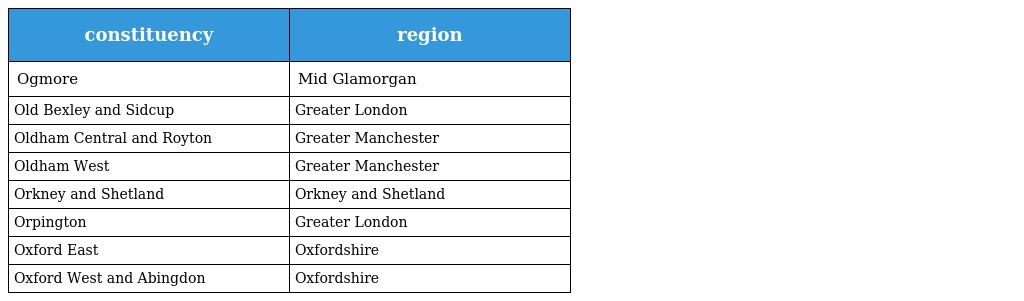
| constituency | region |
 | --- | --- |
 | Ogmore | Mid Glamorgan |
 | Old Bexley and Sidcup | Greater London |
 | Oldham Central and Royton | Greater Manchester |
 | Oldham West | Greater Manchester |
 | Orkney and Shetland | Orkney and Shetland |
 | Orpington | Greater London |
 | Oxford East | Oxfordshire |
 | Oxford West and Abingdon | Oxfordshire |